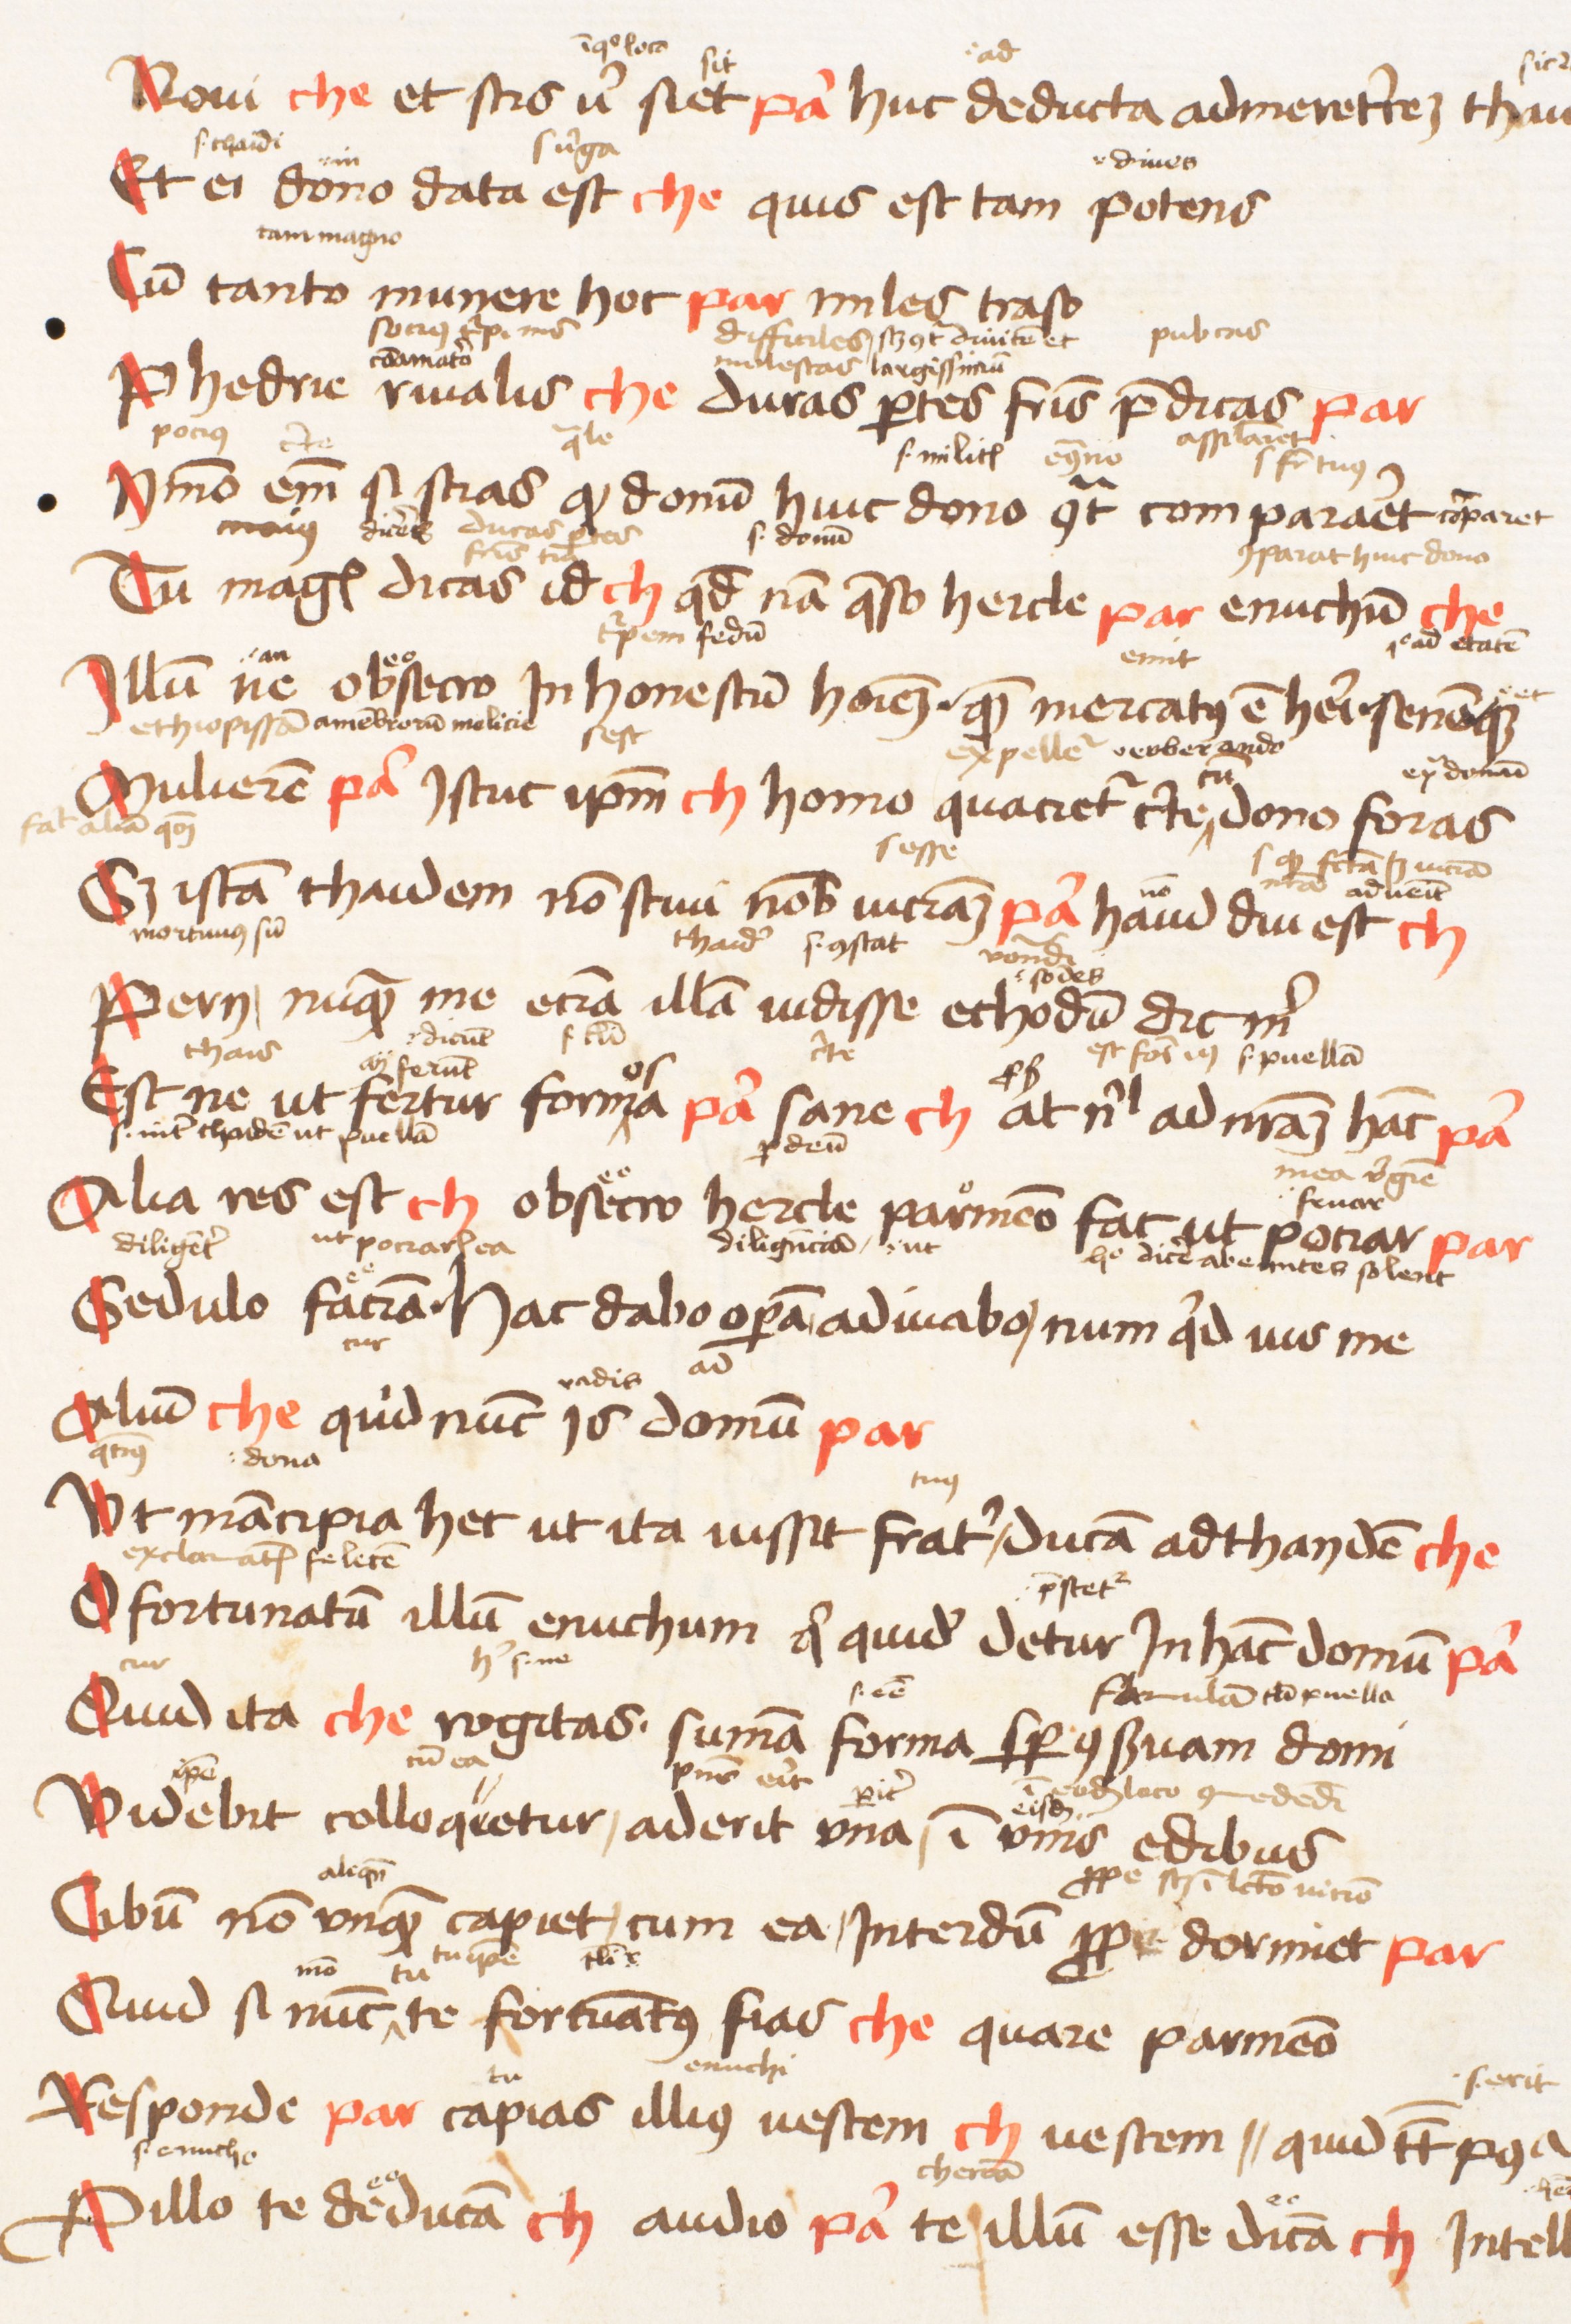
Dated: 1470–1472